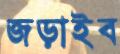
জড়াইব